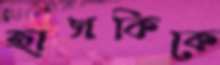
হাসকিকে